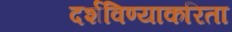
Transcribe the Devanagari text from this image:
दर्शविण्याकरिता